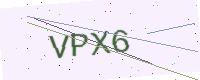
Text: VPX6